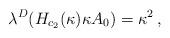
LaTeX: \begin{align*}\lambda^D (H_{c_2}(\kappa)\kappa A_0) = \kappa^2\,,\end{align*}